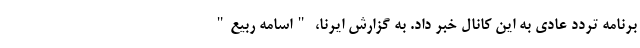
برنامه تردد عادی به این کانال خبر داد. به گزارش ایرنا، "اسامه ربیع"